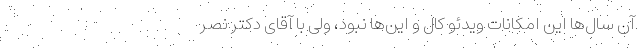
آن سال‌ها این امکانات ویدئو کال و این‌ها نبود، ولی با آقای دکتر نصر